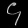
Digit: ၄